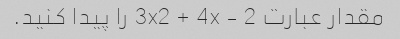
مقدار عبارت 3x2 + 4x - 2 را پیدا کنید.